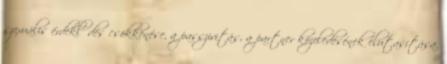
szexuális érdeklődés csökkenése, a passzivitás, a partner közeledésének elutasítása.